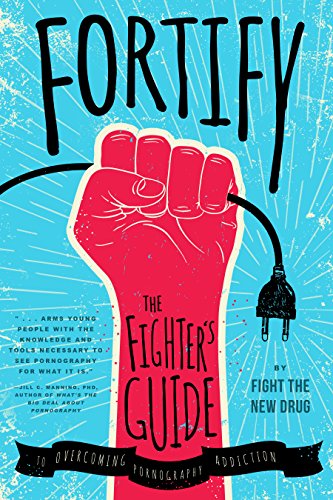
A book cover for Fortify: The Fighter's Guide to Overcoming Pornography Addiction; Fight the New Drug; Health, Fitness & Dieting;